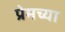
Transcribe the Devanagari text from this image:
प्रेमच्या